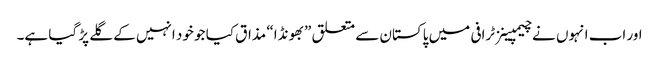
اور اب انہوں نے چیمپینز ٹرافی میں پاکستان سے متعلق ”بھونڈا“ مذاق کیا جو خود انہیں کے گلے پڑ گیا ہے۔